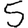
Digit: 5